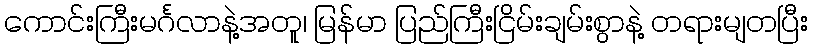
ကောင်းကြီးမင်္ဂလာနဲ့အတူ၊ မြန်မာ ပြည်ကြီးငြိမ်းချမ်းစွာနဲ့ တရားမျတပြီး